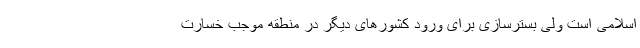
اسلامی است ولی بسترسازی برای ورود کشورهای دیگر در منطقه موجب خسارت